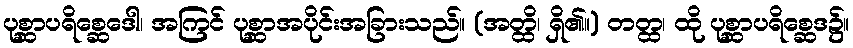
ပုစ္ဆာပရိစ္ဆေဒေါ၊ အကြင် ပုစ္ဆာအပိုင်းအခြားသည်။ (အတ္ထိ၊ ရှိ၏။) တတ္ထ၊ ထို ပုစ္ဆာပရိစ္ဆေဒ၌။